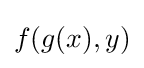
f(g(x),y)